Note on the mental hospitals in Burma - 1925-1940
Year: 1925
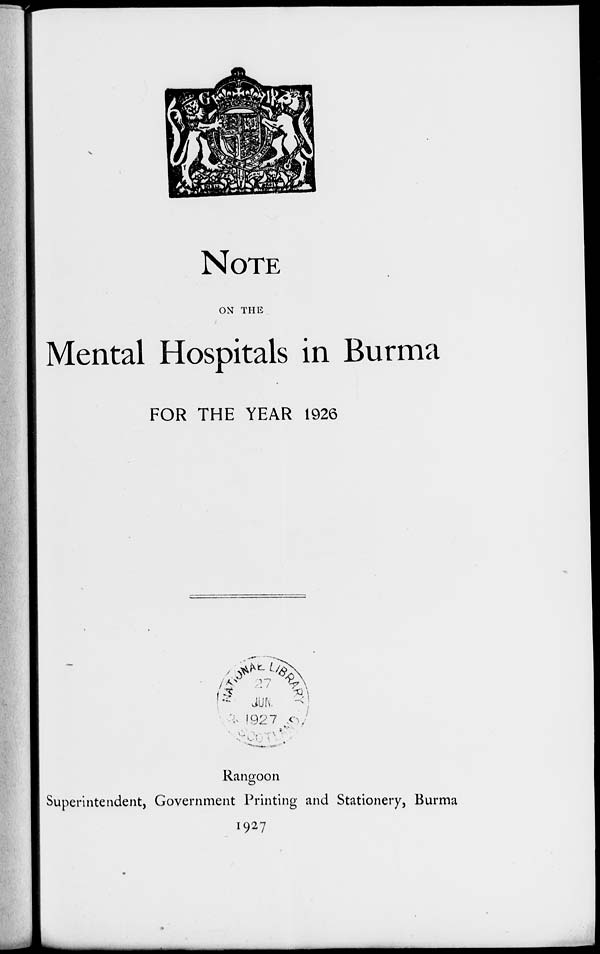
NOTE
ON THE
Mental Hospitals in Burma
FOR THE YEAR 1926
Rangoon
Superintendent, Government Printing and Stationery, Burma
1927